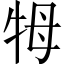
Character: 牳